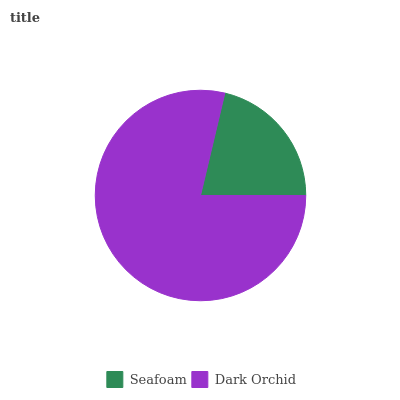
| Seafoam | Dark Orchid |
 | --- | --- |
 | 21.3% | 78.7% |